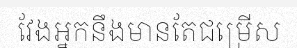
វែងអ្នកនឹងមានតែជម្រើស